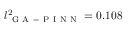
l _ { \mathrm { ~ G ~ A ~ - ~ P ~ I ~ N ~ N ~ } } ^ { 2 } = 0 . 1 0 8